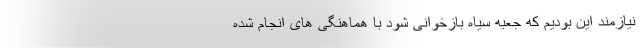
نیازمند این بودیم که جعبه سیاه بازخوانی شود با هماهنگی های انجام شده